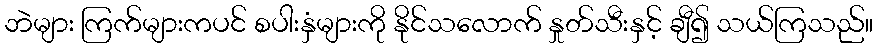
ဘဲများ ကြက်များကပင် စပါးနှံများကို နိုင်သလောက် နှုတ်သီးနှင့် ချီ၍ သယ်ကြသည်။